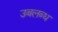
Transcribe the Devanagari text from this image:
उबलब्ध